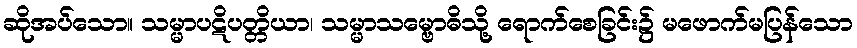
ဆိုအပ်သော။ သမ္မာပဋိပတ္တိယာ၊ သမ္မာသမ္ဗောဓိသို့ ရောက်စေခြင်း၌ မဖောက်မပြန်သော